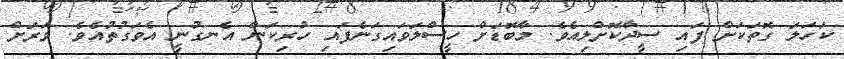
ކަހަލަ ގޮތަކަށް ފައި ސީދާކޮށްލިއެވެ. މާބޮޑަށް ހީސްލަވައިގަނެފައި ހުރިކަން އެނގުނީ އެވަގުތުއެެވެ. ވަރަށް